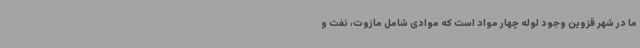
ما در شهر قزوین وجود لوله چهار مواد است که موادی شامل مازوت، نفت و